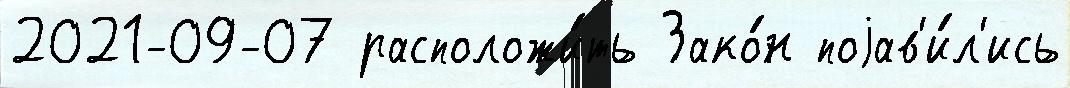
2021-09-07 расположи́ть Зако́н поjав'и́л'ись